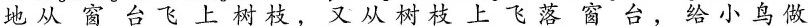
地从窗台飞上树枝，又从树枝上飞落窗台，给小鸟做